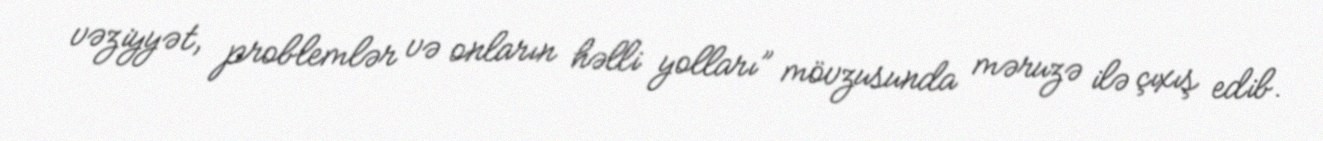
vəziyyət, problemlər və onların həlli yolları” mövzusunda məruzə ilə çıxış edib.